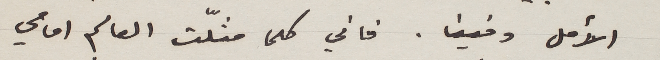
الأمل وفينا. فاني كلما مثلّت العالم امامي